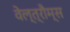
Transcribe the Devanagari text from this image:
वेल्त्रौम्स